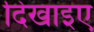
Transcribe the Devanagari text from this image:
दिखाइए